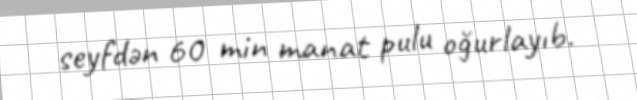
seyfdən 60 min manat pulu oğurlayıb.